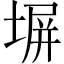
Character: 塀